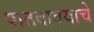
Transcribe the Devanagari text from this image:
पाठवावयाचे